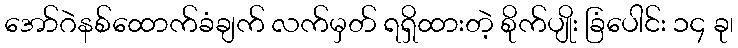
အော်ဂဲနစ်ထောက်ခံချက် လက်မှတ် ရရှိထားတဲ့ စိုက်ပျိုး ခြံပေါင်း ၁၄ ခု၊